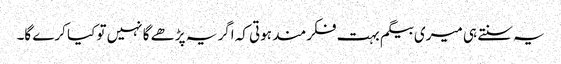
یہ سنتے ہی میری بیگم بہت فکرمند ہوتی کہ اگر یہ پڑھے گا نہیں تو کیا کرے گا۔